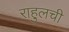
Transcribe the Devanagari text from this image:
राहुलची